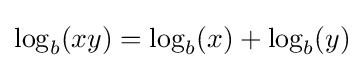
\log _{b}(xy)=\log _{b}(x)+\log _{b}(y)